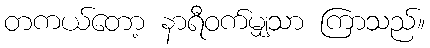
တကယ်တော့ နာရီဝက်မျှသာ ကြာသည်။